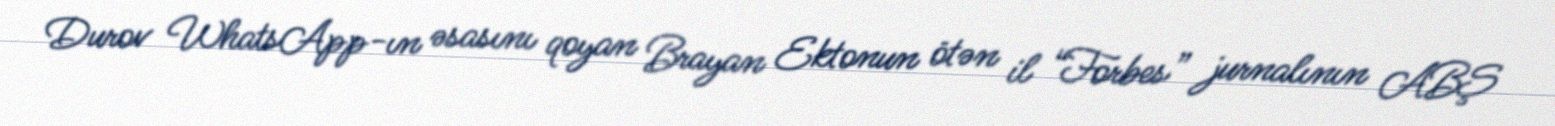
Durov WhatsApp-ın əsasını qoyan Brayan Ektonun ötən il “Forbes” jurnalının ABŞ